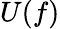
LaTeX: U(f)